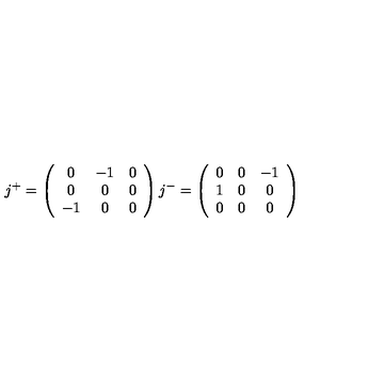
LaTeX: j ^ { + } = \left( \begin{array} { c c c } { 0 } & { - 1 } & { 0 } \\ { 0 } & { 0 } & { 0 } \\ { - 1 } & { 0 } & { 0 } \\ \end{array} \right) j ^ { - } = \left( \begin{array} { c c c } { 0 } & { 0 } & { - 1 } \\ { 1 } & { 0 } & { 0 } \\ { 0 } & { 0 } & { 0 } \\ \end{array} \right)